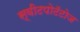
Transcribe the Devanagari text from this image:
स्वीटपोटॅटोज